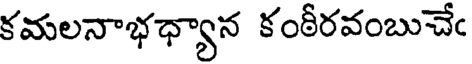
కమలనాభధ్యాన కంఠీరవంబుచేఁ